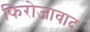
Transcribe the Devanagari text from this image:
फिरोजावाद